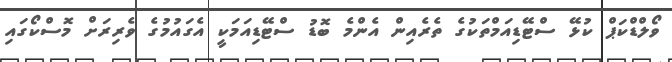
ވޯލްޑްކަޕް ކުޅޭ ސްޓޭޑިއަމްތަކުގެ ތެރެއިން އެންމެ ބޮޑު ސްޓޭޑިއަމަކީ އެގައުމުގެ ވެރިރަށް މޮސްކޯގައި